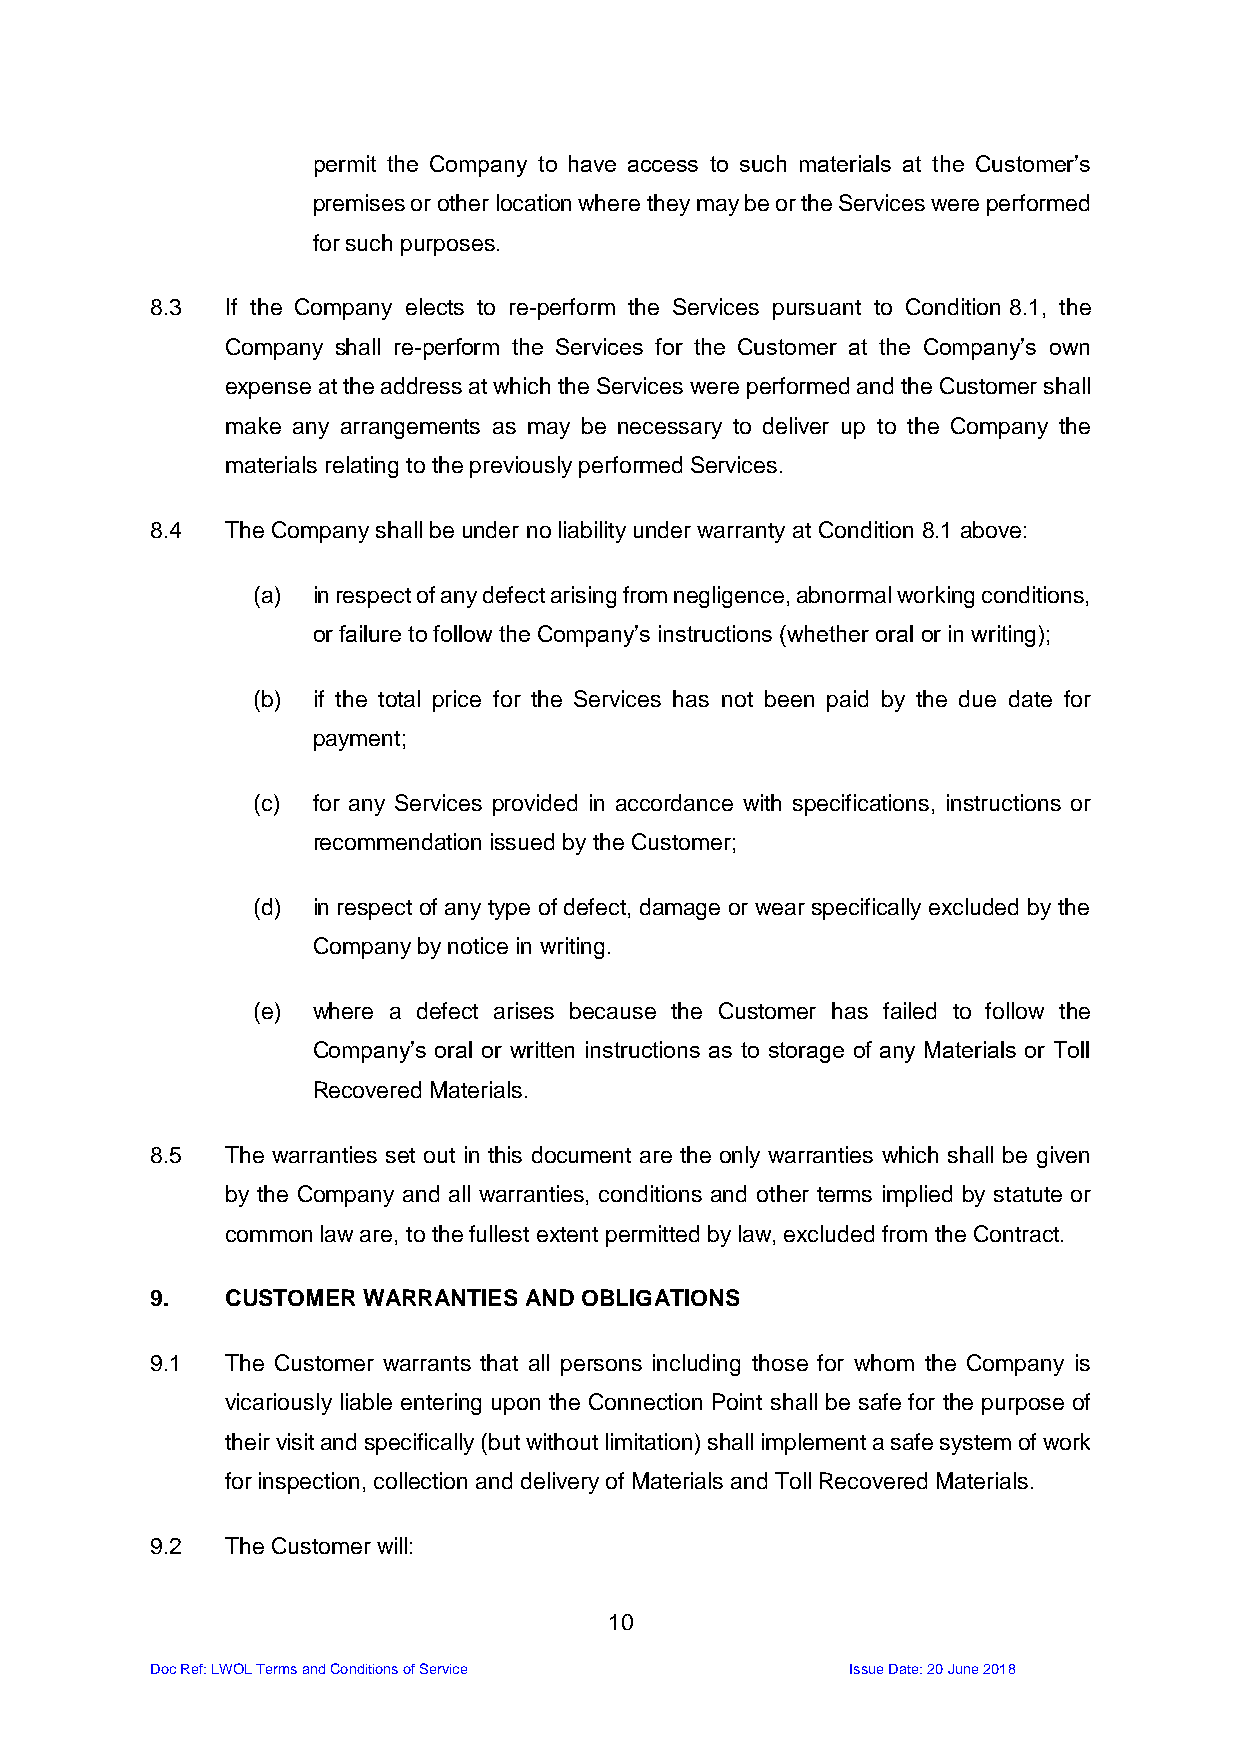
permit the Company to have access to such materials at the Customer’s
 premises or other location where they may be or the Services were performed
 for such purposes.
 8.3  If the Company elects to re-perform the Services pursuant to Condition 8.1, the
 Company shall re-perform the Services for the Customer at the Company’s own
 expense at the address at which the Services were performed and the Customer shall
 make any arrangements as may be necessary to deliver up to the Company the
 materials relating to the previously performed Services.
 8.4  The Company shall be under no liability under warranty at Condition 8.1 above:
 (a) in respect of any defect arising from negligence, abnormal working conditions,
 or failure to follow the Company’s instructions (whether oral or in writing);
 (b) if the total price for the Services has not been paid by the due date for
 payment;
 (c) for any Services provided in accordance with specifications, instructions or
 recommendation issued by the Customer;
 (d) in respect of any type of defect, damage or wear specifically excluded by the
 Company by notice in writing.
 (e) where a defect arises because the Customer has failed to follow the
 Company’s oral or written instructions as to storage of any Materials or Toll
 Recovered Materials.
 8.5  The warranties set out in this document are the only warranties which shall be given
 by the Company and all warranties, conditions and other terms implied by statute or
 common law are, to the fullest extent permitted by law, excluded from the Contract.
 9.   CUSTOMER WARRANTIES AND OBLIGATIONS
 9.1  The Customer warrants that all persons including those for whom the Company is
 vicariously liable entering upon the Connection Point shall be safe for the purpose of
 their visit and specifically (but without limitation) shall implement a safe system of work
 for inspection, collection and delivery of Materials and Toll Recovered Materials.
 9.2  The Customer will:
 10
 Doc Ref: LWOL Terms and Conditions of Service Issue Date: 20 June 2018